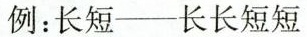
例：长短——长长短短